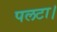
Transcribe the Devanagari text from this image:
पलटा।